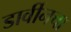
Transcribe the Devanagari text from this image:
डार्वीनचा